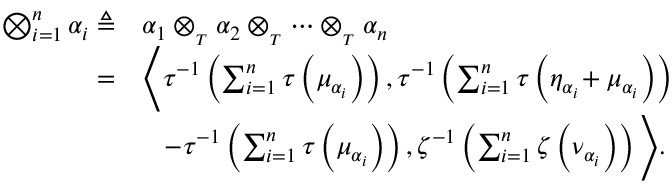
\begin{array} { r l } { \bigotimes _ { i = 1 } ^ { n } \alpha _ { i } \triangleq } & { \alpha _ { 1 } \otimes _ { _ { T } } \alpha _ { 2 } \otimes _ { _ { T } } \cdots \otimes _ { _ { T } } \alpha _ { n } } \\ { = } & { \Bigg \langle \tau ^ { - 1 } \left( \sum _ { i = 1 } ^ { n } \tau \left( \mu _ { \alpha _ { i } } \right) \right) , \tau ^ { - 1 } \left( \sum _ { i = 1 } ^ { n } \tau \left( \eta _ { \alpha _ { i } } \! + \mu _ { \alpha _ { i } } \right) \right) } \\ & { \quad \! - \tau ^ { - 1 } \left( \sum _ { i = 1 } ^ { n } \tau \left( \mu _ { \alpha _ { i } } \right) \right) , \zeta ^ { - 1 } \left( \sum _ { i = 1 } ^ { n } \zeta \left( \nu _ { \alpha _ { i } } \right) \right) \Bigg \rangle . } \end{array}